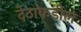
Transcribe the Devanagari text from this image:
देठाकडील